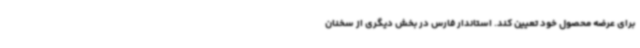
برای عرضه محصول خود تعیین کند. استاندار فارس در بخش دیگری از سخنان